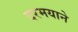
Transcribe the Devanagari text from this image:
दरमयाने